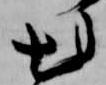
出